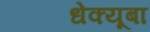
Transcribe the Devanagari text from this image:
धेक्यूबा